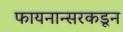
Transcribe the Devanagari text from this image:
फायनान्सरकडून